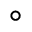
^ \circ